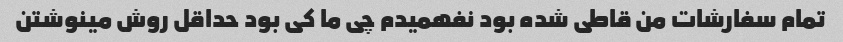
تمام سفارشات من قاطی شده بود نفهمیدم چی ما کی بود حداقل روش مینوشتن